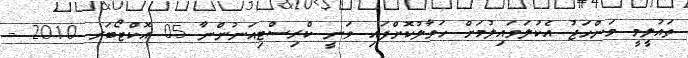
ތައުލީމީ މަންހަޖު އެކުލަވައިލުމަށް ހަވާލުކޮށްފައި ވަނީ ކްރިސްޓިއަނުންނާ 05 އޮކްޓޯބަރ 2010 -